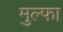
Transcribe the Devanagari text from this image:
मुल्फा